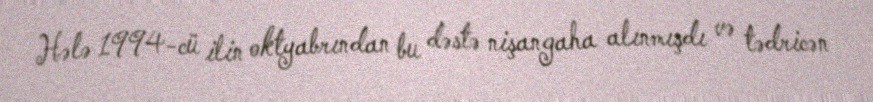
Hələ 1994-cü ilin oktyabrından bu dəstə nişangaha alınmışdı və tədricən